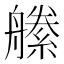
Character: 𦪝